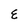
Character: E